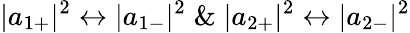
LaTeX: |a_{1+}|^{2}\leftrightarrow|a_{1-}|^{2}\; \& \; |a_{2+}|^{2}\leftrightarrow|a_{2-}|^{2}